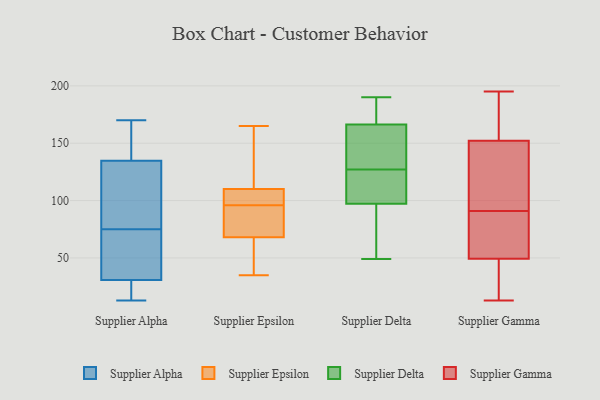
{"axis": {"x": "Revenue (USD Million)", "y": "Value"}, "legend": ["Supplier Alpha", "Supplier Delta", "Supplier Epsilon", "Supplier Gamma"], "data": [{"x": "", "y": 82, "type": "Supplier Alpha"}, {"x": "", "y": 170, "type": "Supplier Alpha"}, {"x": "", "y": 120, "type": "Supplier Alpha"}, {"x": "", "y": 169, "type": "Supplier Alpha"}, {"x": "", "y": 135, "type": "Supplier Alpha"}, {"x": "", "y": 154, "type": "Supplier Alpha"}, {"x": "", "y": 106, "type": "Supplier Alpha"}, {"x": "", "y": 13, "type": "Supplier Alpha"}, {"x": "", "y": 30, "type": "Supplier Alpha"}, {"x": "", "y": 33, "type": "Supplier Alpha"}, {"x": "", "y": 22, "type": "Supplier Alpha"}, {"x": "", "y": 75, "type": "Supplier Alpha"}, {"x": "", "y": 14, "type": "Supplier Alpha"}, {"x": "", "y": 134, "type": "Supplier Alpha"}, {"x": "", "y": 64, "type": "Supplier Alpha"}, {"x": "", "y": 21, "type": "Supplier Alpha"}, {"x": "", "y": 35, "type": "Supplier Alpha"}, {"x": "", "y": 64, "type": "Supplier Alpha"}, {"x": "", "y": 150, "type": "Supplier Alpha"}, {"x": "", "y": 84, "type": "Supplier Epsilon"}, {"x": "", "y": 94, "type": "Supplier Epsilon"}, {"x": "", "y": 104, "type": "Supplier Epsilon"}, {"x": "", "y": 158, "type": "Supplier Epsilon"}, {"x": "", "y": 165, "type": "Supplier Epsilon"}, {"x": "", "y": 110, "type": "Supplier Epsilon"}, {"x": "", "y": 68, "type": "Supplier Epsilon"}, {"x": "", "y": 98, "type": "Supplier Epsilon"}, {"x": "", "y": 68, "type": "Supplier Epsilon"}, {"x": "", "y": 35, "type": "Supplier Epsilon"}, {"x": "", "y": 107, "type": "Supplier Delta"}, {"x": "", "y": 186, "type": "Supplier Delta"}, {"x": "", "y": 190, "type": "Supplier Delta"}, {"x": "", "y": 136, "type": "Supplier Delta"}, {"x": "", "y": 113, "type": "Supplier Delta"}, {"x": "", "y": 49, "type": "Supplier Delta"}, {"x": "", "y": 174, "type": "Supplier Delta"}, {"x": "", "y": 127, "type": "Supplier Delta"}, {"x": "", "y": 143, "type": "Supplier Delta"}, {"x": "", "y": 94, "type": "Supplier Delta"}, {"x": "", "y": 90, "type": "Supplier Delta"}, {"x": "", "y": 13, "type": "Supplier Gamma"}, {"x": "", "y": 46, "type": "Supplier Gamma"}, {"x": "", "y": 99, "type": "Supplier Gamma"}, {"x": "", "y": 147, "type": "Supplier Gamma"}, {"x": "", "y": 195, "type": "Supplier Gamma"}, {"x": "", "y": 141, "type": "Supplier Gamma"}, {"x": "", "y": 155, "type": "Supplier Gamma"}, {"x": "", "y": 154, "type": "Supplier Gamma"}, {"x": "", "y": 154, "type": "Supplier Gamma"}, {"x": "", "y": 81, "type": "Supplier Gamma"}, {"x": "", "y": 14, "type": "Supplier Gamma"}, {"x": "", "y": 91, "type": "Supplier Gamma"}, {"x": "", "y": 122, "type": "Supplier Gamma"}, {"x": "", "y": 69, "type": "Supplier Gamma"}, {"x": "", "y": 19, "type": "Supplier Gamma"}, {"x": "", "y": 181, "type": "Supplier Gamma"}, {"x": "", "y": 59, "type": "Supplier Gamma"}, {"x": "", "y": 35, "type": "Supplier Gamma"}, {"x": "", "y": 73, "type": "Supplier Gamma"}]}